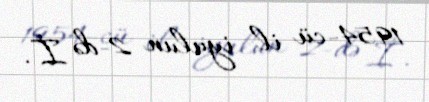
1954-cü il iyulun 2-də İ.